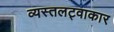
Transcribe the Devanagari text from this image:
व्यस्तलट्वाकार